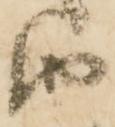
由